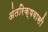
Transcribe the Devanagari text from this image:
अंतरिक्षवासी